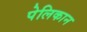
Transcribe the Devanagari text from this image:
पेलिकान